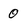
Character: 0